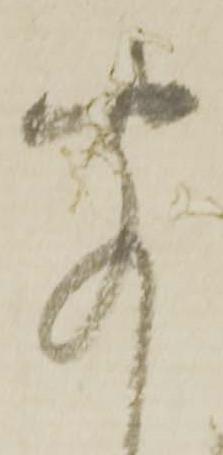
聞